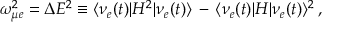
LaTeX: \omega _ { \mu e } ^ { 2 } = \Delta E ^ { 2 } \equiv \langle \nu _ { e } ( t ) | H ^ { 2 } | \nu _ { e } ( t ) \rangle \, - \, \langle \nu _ { e } ( t ) | H | \nu _ { e } ( t ) \rangle ^ { 2 } \, ,